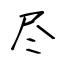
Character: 尽